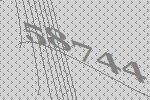
58744